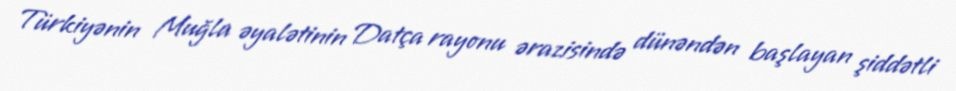
Türkiyənin Muğla əyalətinin Datça rayonu ərazisində dünəndən başlayan şiddətli